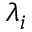
\lambda _ { i }